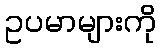
ဥပမာများကို